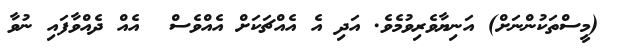
(މީސްތަކުންނަށް) އަނިޔާވެރިވުމެވެ. އަދި އެ އެއްޗަކަށް އެއްވެސް  އެއް ދެއްވާފައި ނުވާ